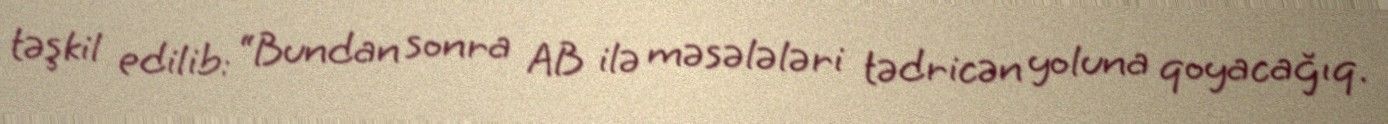
təşkil edilib: “Bundan sonra AB ilə məsələləri tədricən yoluna qoyacağıq.